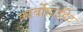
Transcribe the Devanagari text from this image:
कार्बोहाईद्रेट